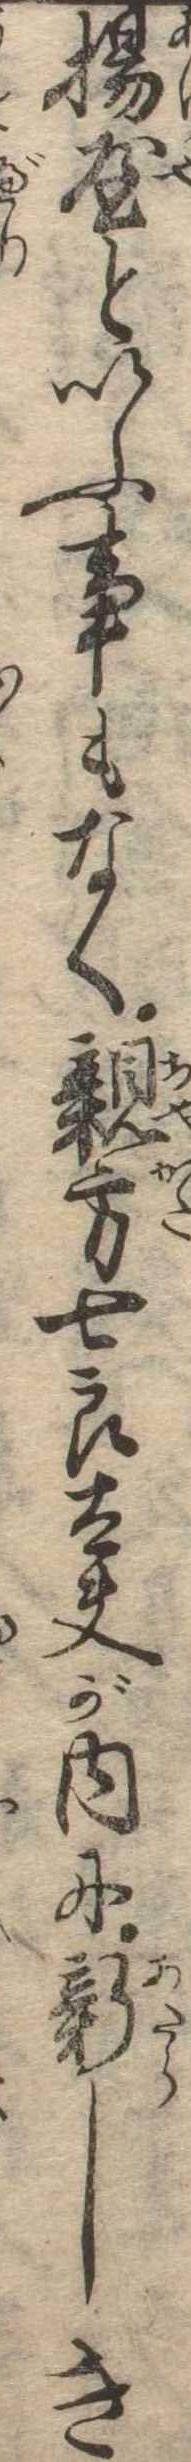
揚屋といふ事もなく親方七良太夫が内に新しき